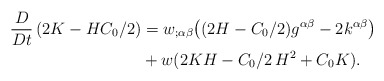
\begin{align*}\begin{aligned}\frac{D}{Dt}\,(2K-HC_0/2)&=w_{;\alpha\beta}\big((2H-C_0/2)g^{\alpha\beta}-2k^{\alpha\beta}\big)\\&+ w(2KH-C_0/2\,H^2+C_0K).\end{aligned}\end{align*}